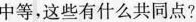
中等，这些有什么共同点?